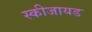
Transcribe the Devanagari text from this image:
स्कीजायड